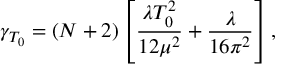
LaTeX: \gamma _ { T _ { 0 } } = ( N + 2 ) \left[ \frac { \lambda T _ { 0 } ^ { 2 } } { 1 2 \mu ^ { 2 } } + \frac { \lambda } { 1 6 \pi ^ { 2 } } \right] ,